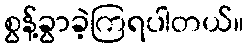
စွန့်ခွာခဲ့ကြရပါတယ်။